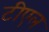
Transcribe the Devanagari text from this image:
टीएल